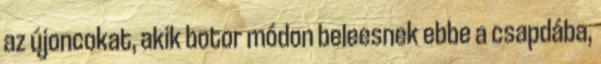
az újoncokat, akik botor módon beleesnek ebbe a csapdába,